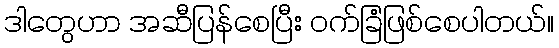
ဒါတွေဟာ အဆီပြန်စေပြီး ဝက်ခြံဖြစ်စေပါတယ်။